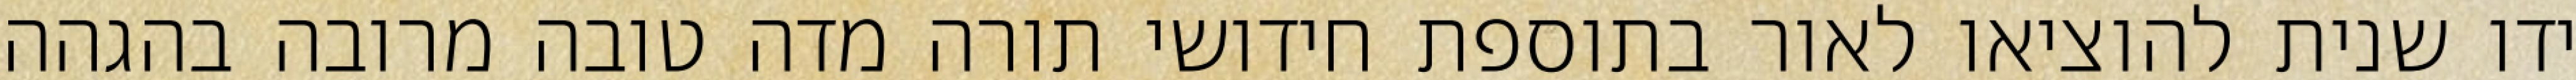
ידו שנית להוציאו לאור בתוספת חידושי תורה מדה טובה מרובה בהגהה